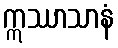
ဣဿာသာနံ